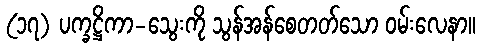
(၁၇) ပက္ခဋ္ဌိကာ-သွေးကို သွန်အန်စေတတ်သော ဝမ်းလေနာ။